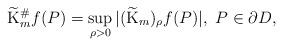
LaTeX: \begin{align*}\widetilde{\mathrm{K}}_{m}^{\#}f(P)=\sup_{\rho>0}|(\widetilde{\mathrm{K}}_{m})_{\rho}f(P)|, \,\,P\in\partial D,\end{align*}